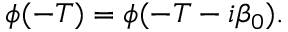
\phi ( - T ) = \phi ( - T - i \beta _ { 0 } ) .